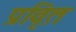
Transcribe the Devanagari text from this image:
प्रवृ़ित